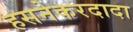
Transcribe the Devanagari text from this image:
हसनेकरदादा